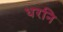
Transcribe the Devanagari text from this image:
धरनि